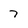
Character: 7